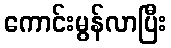
ကောင်းမွန်လာပြီး